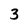
Character: 3